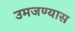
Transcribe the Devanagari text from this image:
उमजण्यास